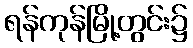
ရန်ကုန်မြို့တွင်း၌